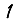
Digit: 1